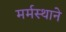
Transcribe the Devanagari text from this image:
मर्मस्थाने